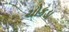
ચોકડા